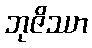
ဘုဇိဿာ